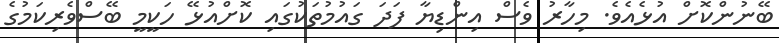
ބޭނުންކޮށް އުޅެއެވެ. މިހާރު ވެސް އިންޑިޔާ ފަދަ ގައުމުތަކުގައި ކޮށްއުޅޭ ހަކީމީ ބޭސްވެރިކަމުގެ